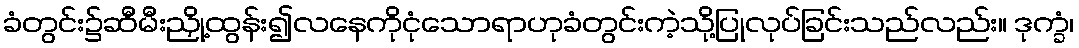
ခံတွင်း၌ဆီမီးညှို့ထွန်း၍လနေကိုငုံသောရာဟုခံတွင်းကဲ့သို့ပြုလုပ်ခြင်းသည်လည်း။ ဒုက္ခံ၊